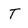
Character: T